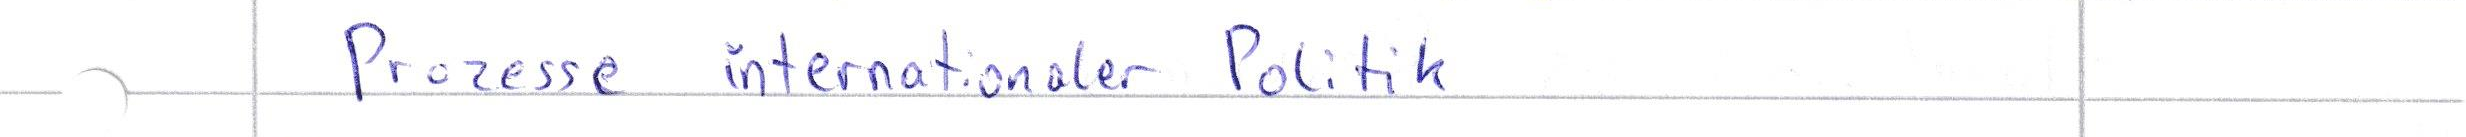
Prozesse internationaler Politik